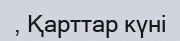
, Қарттар күні